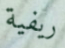
ريفية